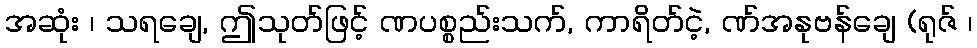
အဆုံး ၊ သရချေ, ဤသုတ်ဖြင့် ဏပစ္စည်းသက်, ကာရိတ်ငဲ့, ဏ်အနုဗန်ချေ (ရုဇ် ၊